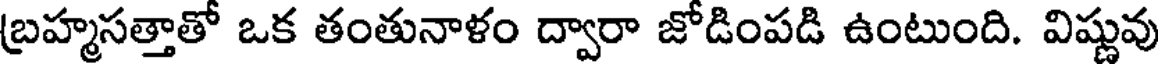
బ్రహ్మసత్తాతో ఒక తంతునాళం ద్వారా జోడింపడి ఉంటుంది. విష్ణువు